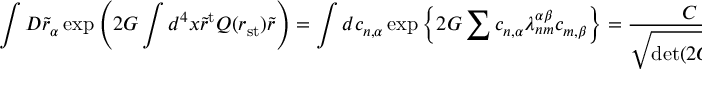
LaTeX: \int { \cal D } \tilde { r } _ { \alpha } \exp \left( 2 G \int d ^ { 4 } x \tilde { r } ^ { \mathrm { t } } Q ( r _ { \mathrm { s t } } ) \tilde { r } \right) = \int d c _ { n , \alpha } \exp \left\{ 2 G \sum c _ { n , \alpha } \lambda _ { n m } ^ { \alpha \beta } c _ { m , \beta } \right\} = \frac { C } { \sqrt { \operatorname * { d e t } ( 2 G \lambda _ { n m } ^ { \alpha \beta } ) } } .